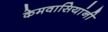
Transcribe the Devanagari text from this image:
केमवासियांनी